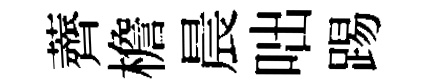
薺檐晨咄踢